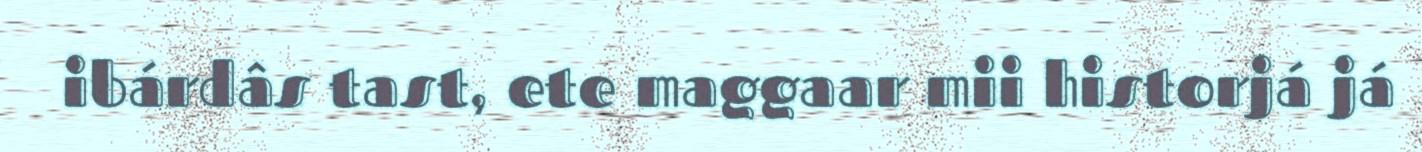
ibárdâs tast, ete maggaar mii historjá já